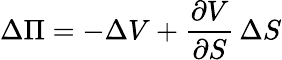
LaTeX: \Delta\Pi=-\Delta V+{\frac{\partial V}{\partial S}}\, \Delta S